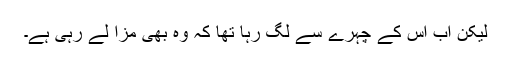
لیکن اب اس کے چہرے سے لگ رہا تھا کہ وہ بھی مزا لے رہی ہے۔